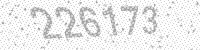
Solution: 226173